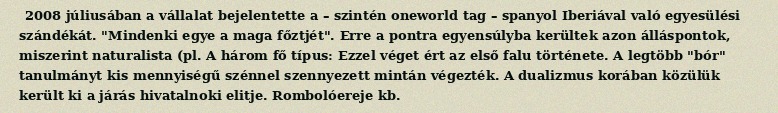
2008 júliusában a vállalat bejelentette a – szintén oneworld tag – spanyol Iberiával való egyesülési szándékát. "Mindenki egye a maga főztjét". Erre a pontra egyensúlyba kerültek azon álláspontok, miszerint naturalista (pl. A három fő típus: Ezzel véget ért az első falu története. A legtöbb "bór" tanulmányt kis mennyiségű szénnel szennyezett mintán végezték. A dualizmus korában közülük került ki a járás hivatalnoki elitje. Rombolóereje kb.